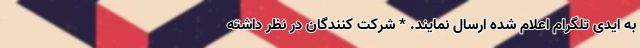
به ایدی تلگرام اعلام شده ارسال نمایند. * شرکت کنندگان در نظر داشته